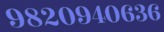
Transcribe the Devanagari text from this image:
९८२०९४०६३६